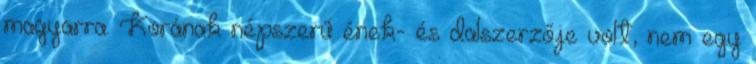
magyarra. Korának népszerű ének- és dalszerzője volt, nem egy